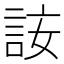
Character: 𧦣